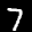
Label: 7